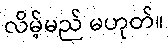
လိမ့်မည် မဟုတ်။